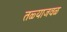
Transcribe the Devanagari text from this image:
तळ्याजवळ